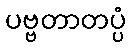
ပဗ္ဗတာတပ္ပံ